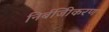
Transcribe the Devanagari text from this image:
निर्बजिीकरण